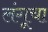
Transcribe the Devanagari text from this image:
लंगूचा